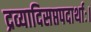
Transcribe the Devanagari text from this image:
द्रव्यादिसप्तपदार्थाः।